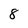
Character: 8